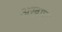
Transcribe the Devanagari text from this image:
अखाणा